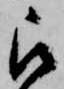
被